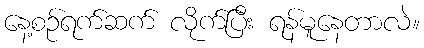
နေ့စဉ်ရက်ဆက် လိုက်ပြီး ရန်မူနေတာလဲ။